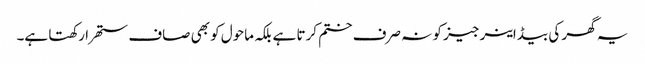
یہ گھر کی بیڈ اینرجیز کو نہ صرف ختم کرتا ہے بلکہ ماحول کو بھی صاف ستھرا رکھتا ہے۔